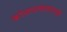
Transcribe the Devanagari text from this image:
कोळपल्यासारखी